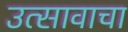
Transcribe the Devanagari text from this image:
उत्सावाचा